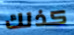
كذلك